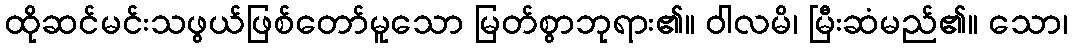
ထိုဆင်မင်းသဖွယ်ဖြစ်တော်မူသော မြတ်စွာဘုရား၏။ ဝါလမိ၊ မြီးဆံမည်၏။ သော၊